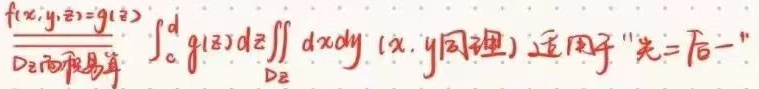
\[
\frac{f(x,y,z)=g(z)}{D_z \text{ 面积易算}} \int_{c}^{d} g(z) dz \iint_{D_z} dxdy \ (x,y \text{ 同理}) \text{ 适用于 "先二后一"}
\]